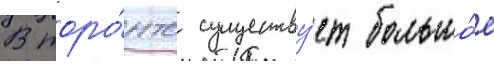
В торо́нто существу́ет большо́е